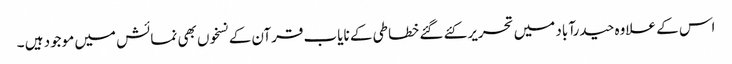
اس کے علاوہ حیدرآباد میں تحریر کئے گئے خطاطی کے نایاب قرآن کے نسخوں بھی نمائش میں موجود ہیں ۔